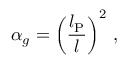
\alpha _ { g } = \left( \frac { l _ { \mathrm { P } } } { l } \right) ^ { 2 } \, ,